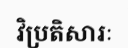
វិប្រតិសារៈ